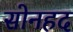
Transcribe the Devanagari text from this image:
सोनहद